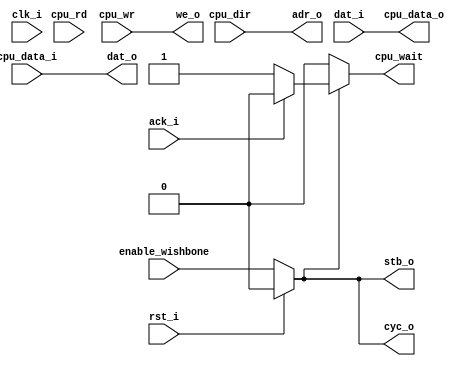
module whisbone_master( input wire rst_i,
			input wire clk_i,
			input wire ack_i,
			input wire [7:0] dat_i,
			output wire [7:0] dat_o,
			output wire [15:0] adr_o,
			output wire we_o,
			output wire stb_o,
			output wire cyc_o,
			input wire cpu_rd,
			input wire cpu_wr,
			input wire [15:0] cpu_dir,
			input wire [7:0] cpu_data_i,
			input wire enable_wishbone,
			output wire [7:0] cpu_data_o,
                        output wire cpu_wait);

assign cpu_wait = ((~rst_i?enable_wishbone:1'b0)?(ack_i?'b0:'b1):'b0);
assign adr_o = cpu_dir;
assign stb_o =(~rst_i?enable_wishbone:1'b0);
assign cyc_o =(~rst_i?enable_wishbone:1'b0);
assign cpu_data_o = dat_i;
assign dat_o = cpu_data_i;
assign we_o = cpu_wr;

endmodule